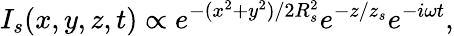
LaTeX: I_{s}(x,y,z,t)\propto e^{-(x^{2}+y^{2})/{2R_{s}^{2}}}e^{-z/z_{s}}e^{-i\omega t},